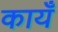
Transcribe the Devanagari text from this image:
कायँ